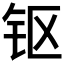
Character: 𰽜